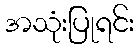
အသုံးပြုရင်း